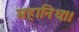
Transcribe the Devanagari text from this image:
महानिधः।।